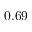
0 . 6 9